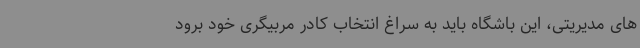
های مدیریتی، این باشگاه باید به سراغ انتخاب کادر مربیگری خود برود